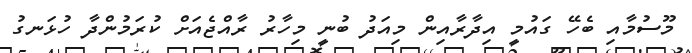
މޫސުމާއި ބެހޭ ގައުމީ އިދާރާއިން މިއަދު ބުނީ މިހާރު ރާއްޖެއަށް ކުރަމުންދާ ހުޅަނގު